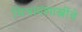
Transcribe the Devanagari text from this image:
चित्रावशास्त्रींचे